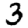
Digit: 3